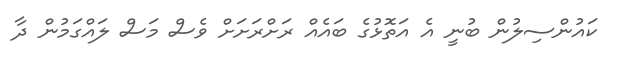
ކައުންސިލުން ބުނީ އެ އަތޮޅުގެ ބައެއް ރަށްރަށަށް ވެސް މަސް ލައްގަމުން ދާ